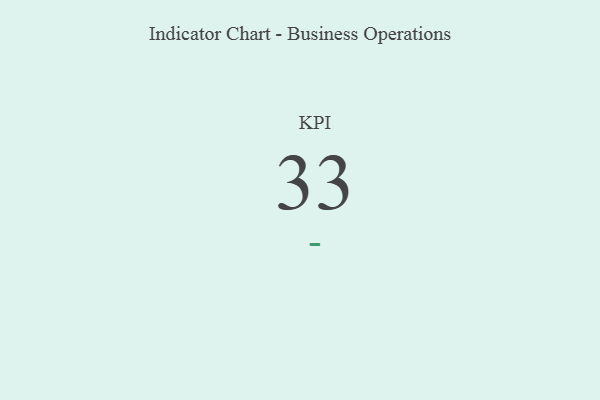
{"axis": {"x": "KPI", "y": "Value"}, "legend": [""], "data": [{"x": "KPI", "y": 33, "type": ""}]}